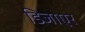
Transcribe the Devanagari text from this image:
डिजाएर